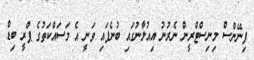
ފިނޭންސް މިނިސްޓްރީން ނެރުނު އިއުލާނުގައި ބުނެފައި ވަނީ އެ މަސައްކަތުގެ ޕްރީ ބިޑް